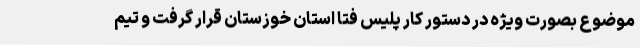
موضوع بصورت ویژه در دستور کار پلیس فتا استان خوزستان قرار گرفت و تیم